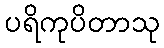
ပရိကုပိတာသု